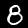
Label: 8